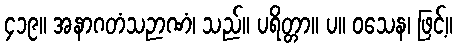
၄၁၉။ အနာဂတံသဉာဏံ၊ သည်။ ပရိတ္တာ။ ပ။ ဝသေန၊ ဖြင့်။